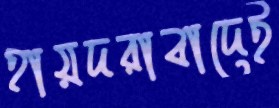
হায়দরাবাদেই